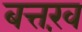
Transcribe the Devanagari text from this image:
बत्तख़